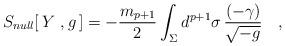
LaTeX: \begin{align*}S_{null}[\, Y\ , g\,] = -{m_{p+1}\over 2} \int_\Sigma d^{p+1}\sigma\,{(-\gamma)\over \sqrt{-g}}\quad ,\end{align*}